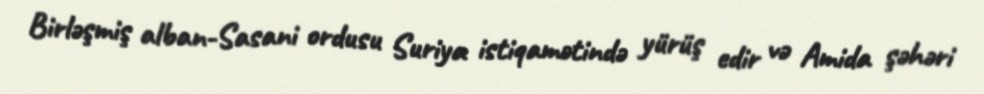
Birləşmiş alban-Sasani ordusu Suriya istiqamətində yürüş edir və Amida şəhəri